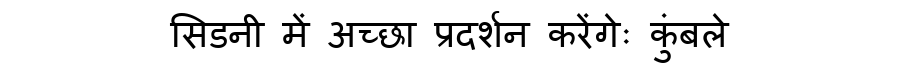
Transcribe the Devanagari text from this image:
सिडनी में अच्छा प्रदर्शन करेंगेः कुंबले